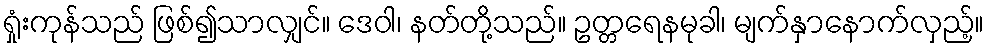
ရှုံးကုန်သည် ဖြစ်၍သာလျှင်။ ဒေဝါ၊ နတ်တို့သည်။ ဥတ္တရေနမုခါ၊ မျက်နှာနောက်လှည့်။